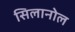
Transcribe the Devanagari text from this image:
सिलानोल